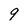
Character: 9